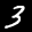
Label: 3